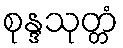
စုန္ဒသုတ္တံ